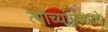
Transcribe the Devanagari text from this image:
त्यांच्याप्रमाणे